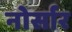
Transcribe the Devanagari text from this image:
नोर्सार